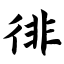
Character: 徘